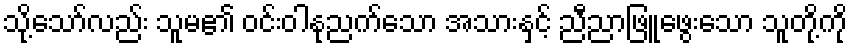
သို့သော်လည်း သူမ၏ ဝင်းဝါနုညက်သော အသားနှင့် ညီညာဖြူဖွေးသော သူတို့ကို